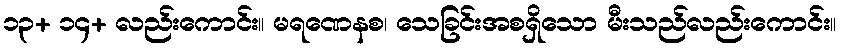
၁၃+ ၁၄+ လည်းကောင်း။ မရဏေနစ၊ သေခြင်းအစရှိသော မီးသည်လည်းကောင်း။